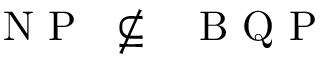
\mathrm { ~ \textsf ~ { ~ N ~ P ~ } ~ } \nsubseteq \mathrm { ~ \textsf ~ { ~ B ~ Q ~ P ~ } ~ }